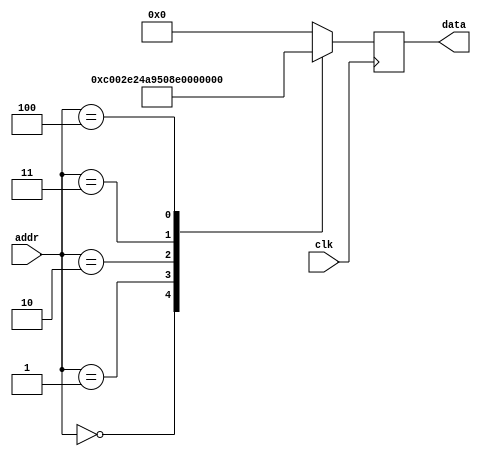
module rom #(
        parameter   DATA_WIDTH = 16,
        parameter   ADDR_WIDTH = 8          // 2 * 1024 bytes of ROM
    )(
        input  wire                  clk,
        input  wire [ADDR_WIDTH-1:0] addr,  // here comes the program counter
        output  reg [DATA_WIDTH-1:0] data   // here goes the instruction
    );

    reg [DATA_WIDTH-1:0] value;

    
    always @* begin
        case (addr)
			 /*	 rjmp 	main 		*/
		0:		value = 16'b1100000000000010;
		/*	 ldi 	r20, 42 		*/
		1:		value = 16'b1110001001001010;
		/*	 ret 	 		*/
		2:		value = 16'b1001010100001000;
		/*	 ldi 	r20, 7 		*/
		3:		value = 16'b1110000001000111;
		/*	 rcall 	foo 		*/
		4:		value = 16'b1101111111111100;
		default:		value = 16'b0000000000000000;
        endcase
    end

    always @(negedge clk) begin
        data <= value;
    end

endmodule